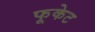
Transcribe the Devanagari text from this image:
फूकेट